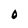
Character: O